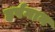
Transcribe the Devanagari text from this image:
हर्षगान